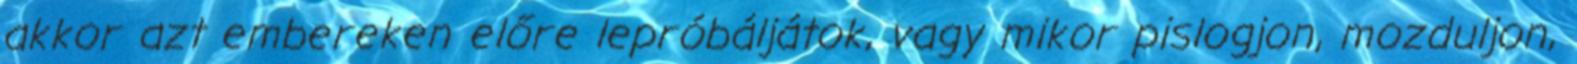
akkor azt embereken előre lepróbáljátok, vagy mikor pislogjon, mozduljon,